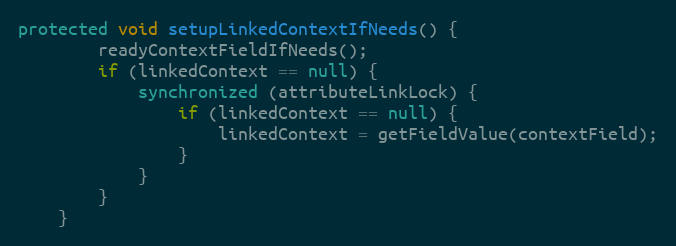
Language: Java
protected void setupLinkedContextIfNeeds() {
        readyContextFieldIfNeeds();
        if (linkedContext == null) {
            synchronized (attributeLinkLock) {
                if (linkedContext == null) {
                    linkedContext = getFieldValue(contextField);
                }
            }
        }
    }